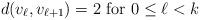
LaTeX: \begin{align*}d(v_\ell,v_{\ell+1})&=2 \mbox{ for $0\leq \ell<k$}\end{align*}